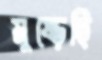
মুষ্‌ড়েছি